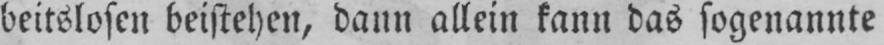
beitslosen beistehen, dann allein kann das sogenannte